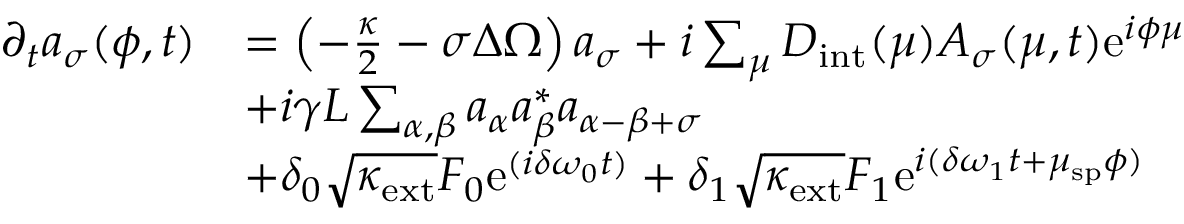
\begin{array} { r l } { \partial _ { t } a _ { \sigma } ( \phi , t ) } & { = \left( - \frac { \kappa } { 2 } - \sigma \Delta \Omega \right) a _ { \sigma } + i \sum _ { \mu } D _ { \mathrm { i n t } } ( \mu ) A _ { \sigma } ( \mu , t ) \mathrm { e } ^ { i \phi \mu } } \\ & { + i \gamma L \sum _ { \alpha , \beta } a _ { \alpha } a _ { \beta } ^ { * } a _ { \alpha - \beta + \sigma } } \\ & { + \delta _ { 0 } \sqrt { \kappa _ { \mathrm { e x t } } } F _ { 0 } \mathrm { e } ^ { ( i \delta \omega _ { 0 } t ) } + \delta _ { 1 } \sqrt { \kappa _ { \mathrm { e x t } } } F _ { 1 } \mathrm { e } ^ { i ( \delta \omega _ { 1 } t + \mu _ { \mathrm { s p } } \phi ) } } \end{array}